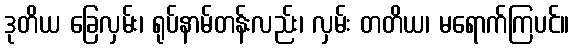
ဒုတိယ ခြေလှမ်း၊ ရုပ်နာမ်တန်းလည်း၊ လှမ်း တတိယ၊ မရောက်ကြပင်။